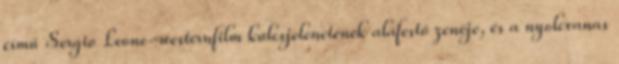
című Sergio Leone-westernfilm kulcsjelenetének aláfestő zenéje, és a nyolcvanas